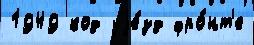
1949 код уjе́зд фро́нт'е